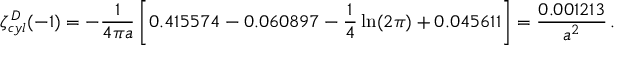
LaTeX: \zeta _ { c y l } ^ { D } ( - 1 ) = - \frac { 1 } { 4 \pi a } \left[ 0 . 4 1 5 5 7 4 - 0 . 0 6 0 8 9 7 - \frac { 1 } { 4 } \ln ( 2 \pi ) + 0 . 0 4 5 6 1 1 \right] = \frac { 0 . 0 0 1 2 1 3 } { a ^ { 2 } } \, { . }